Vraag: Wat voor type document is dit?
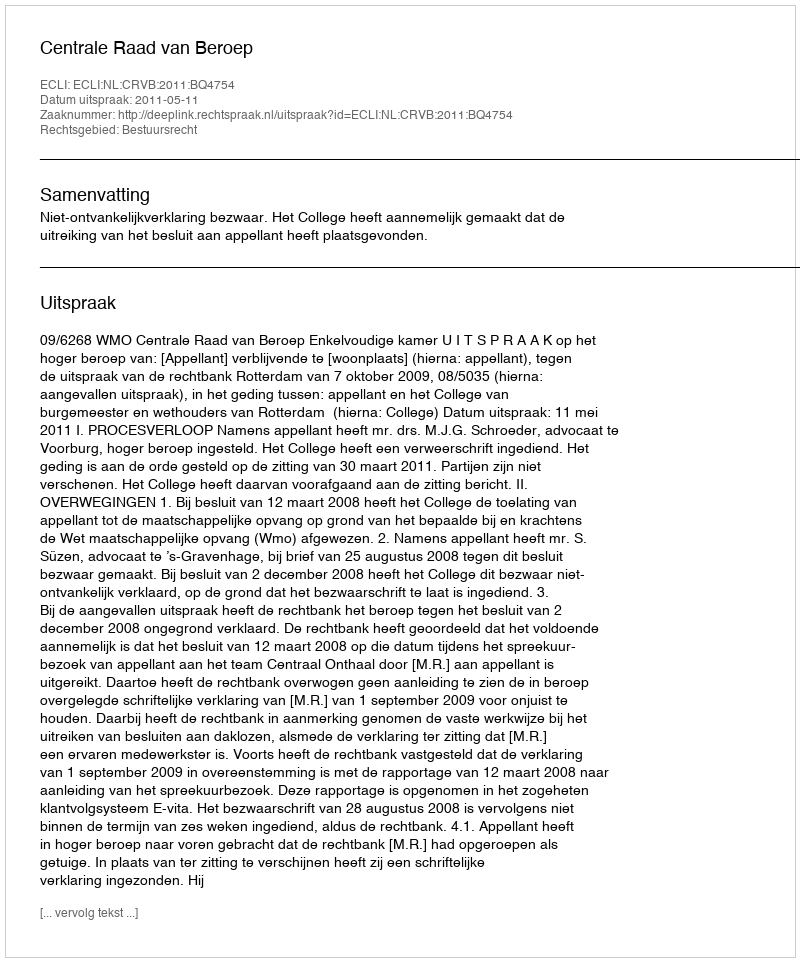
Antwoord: Uitspraak